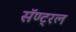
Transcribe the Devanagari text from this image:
सॅण्ट्रल